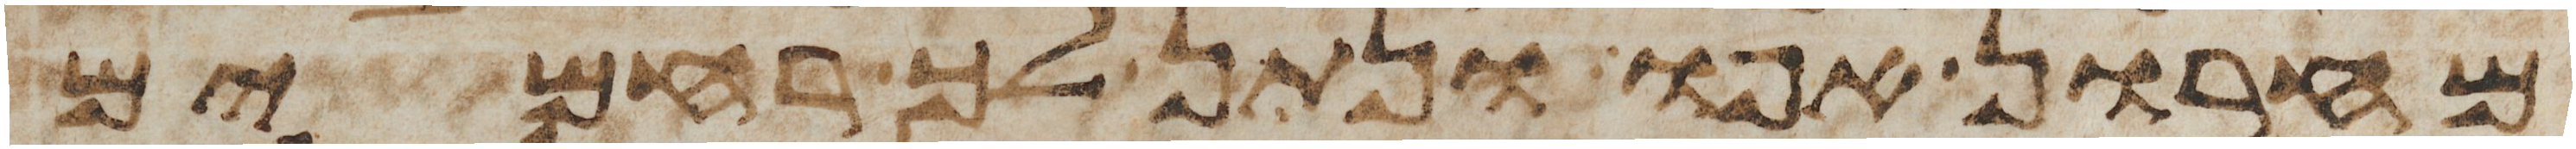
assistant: מחרון אפו ונתן לך רחמים